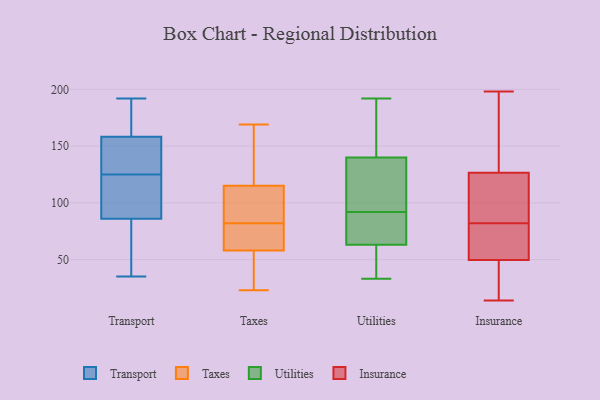
{"axis": {"x": "Waste Production (Tons)", "y": "Value"}, "legend": ["Insurance", "Taxes", "Transport", "Utilities"], "data": [{"x": "", "y": 49, "type": "Transport"}, {"x": "", "y": 81, "type": "Transport"}, {"x": "", "y": 124, "type": "Transport"}, {"x": "", "y": 101, "type": "Transport"}, {"x": "", "y": 167, "type": "Transport"}, {"x": "", "y": 35, "type": "Transport"}, {"x": "", "y": 108, "type": "Transport"}, {"x": "", "y": 55, "type": "Transport"}, {"x": "", "y": 192, "type": "Transport"}, {"x": "", "y": 153, "type": "Transport"}, {"x": "", "y": 131, "type": "Transport"}, {"x": "", "y": 182, "type": "Transport"}, {"x": "", "y": 126, "type": "Transport"}, {"x": "", "y": 123, "type": "Transport"}, {"x": "", "y": 136, "type": "Transport"}, {"x": "", "y": 125, "type": "Transport"}, {"x": "", "y": 75, "type": "Transport"}, {"x": "", "y": 161, "type": "Transport"}, {"x": "", "y": 160, "type": "Transport"}, {"x": "", "y": 23, "type": "Taxes"}, {"x": "", "y": 115, "type": "Taxes"}, {"x": "", "y": 126, "type": "Taxes"}, {"x": "", "y": 154, "type": "Taxes"}, {"x": "", "y": 97, "type": "Taxes"}, {"x": "", "y": 78, "type": "Taxes"}, {"x": "", "y": 36, "type": "Taxes"}, {"x": "", "y": 44, "type": "Taxes"}, {"x": "", "y": 169, "type": "Taxes"}, {"x": "", "y": 82, "type": "Taxes"}, {"x": "", "y": 30, "type": "Taxes"}, {"x": "", "y": 67, "type": "Taxes"}, {"x": "", "y": 86, "type": "Taxes"}, {"x": "", "y": 58, "type": "Taxes"}, {"x": "", "y": 103, "type": "Taxes"}, {"x": "", "y": 82, "type": "Taxes"}, {"x": "", "y": 159, "type": "Taxes"}, {"x": "", "y": 68, "type": "Taxes"}, {"x": "", "y": 132, "type": "Utilities"}, {"x": "", "y": 97, "type": "Utilities"}, {"x": "", "y": 35, "type": "Utilities"}, {"x": "", "y": 42, "type": "Utilities"}, {"x": "", "y": 164, "type": "Utilities"}, {"x": "", "y": 92, "type": "Utilities"}, {"x": "", "y": 70, "type": "Utilities"}, {"x": "", "y": 33, "type": "Utilities"}, {"x": "", "y": 116, "type": "Utilities"}, {"x": "", "y": 192, "type": "Utilities"}, {"x": "", "y": 187, "type": "Utilities"}, {"x": "", "y": 78, "type": "Utilities"}, {"x": "", "y": 71, "type": "Utilities"}, {"x": "", "y": 20, "type": "Insurance"}, {"x": "", "y": 74, "type": "Insurance"}, {"x": "", "y": 177, "type": "Insurance"}, {"x": "", "y": 14, "type": "Insurance"}, {"x": "", "y": 124, "type": "Insurance"}, {"x": "", "y": 14, "type": "Insurance"}, {"x": "", "y": 63, "type": "Insurance"}, {"x": "", "y": 51, "type": "Insurance"}, {"x": "", "y": 73, "type": "Insurance"}, {"x": "", "y": 81, "type": "Insurance"}, {"x": "", "y": 83, "type": "Insurance"}, {"x": "", "y": 85, "type": "Insurance"}, {"x": "", "y": 198, "type": "Insurance"}, {"x": "", "y": 111, "type": "Insurance"}, {"x": "", "y": 48, "type": "Insurance"}, {"x": "", "y": 177, "type": "Insurance"}, {"x": "", "y": 43, "type": "Insurance"}, {"x": "", "y": 169, "type": "Insurance"}, {"x": "", "y": 121, "type": "Insurance"}, {"x": "", "y": 129, "type": "Insurance"}]}